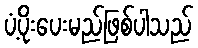
ပံ့ပိုးပေးမည်ဖြစ်ပါသည်